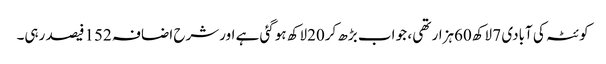
کوئٹہ کی آبادی 7 لاکھ60ہزار تھی ، جو اب بڑھ کر20لاکھ ہوگئی ہے اورشرح اضافہ 152فیصد رہی۔